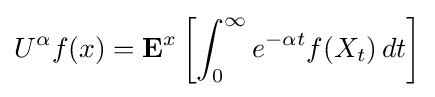
U^{\alpha }f(x)=\mathbf {E} ^{x}\left[\int _{0}^{\infty }e^{-\alpha t}f(X_{t})\,dt\right]